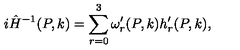
i \hat { H } ^ { - 1 } ( P , k ) = \sum _ { r = 0 } ^ { 3 } \omega _ { r } ^ { \prime } ( P , k ) h _ { r } ^ { \prime } ( P , k ) ,